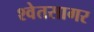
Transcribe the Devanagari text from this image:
श्वेतसागर